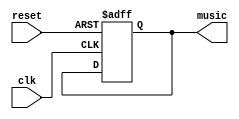
module song2(
input wire clk,
input wire reset,
output reg [4:0] music
    );
    
    reg [5:0] cnt;
    
    always @(posedge clk or negedge reset)begin
        if(reset == 1'b0)
            music <= 5'd0;
        else
        cnt <= cnt +1;
            case(cnt) 
            
            
            
            endcase
            end
 
endmodule